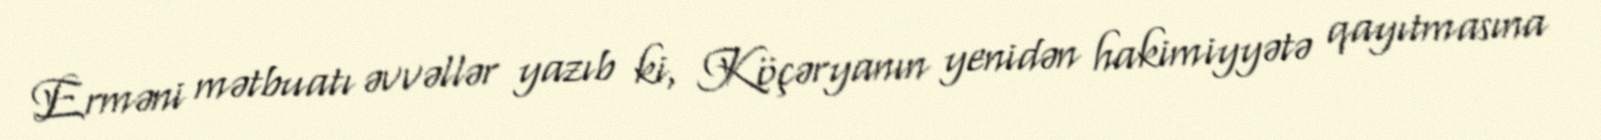
Erməni mətbuatı əvvəllər yazıb ki, Köçəryanın yenidən hakimiyyətə qayıtmasına